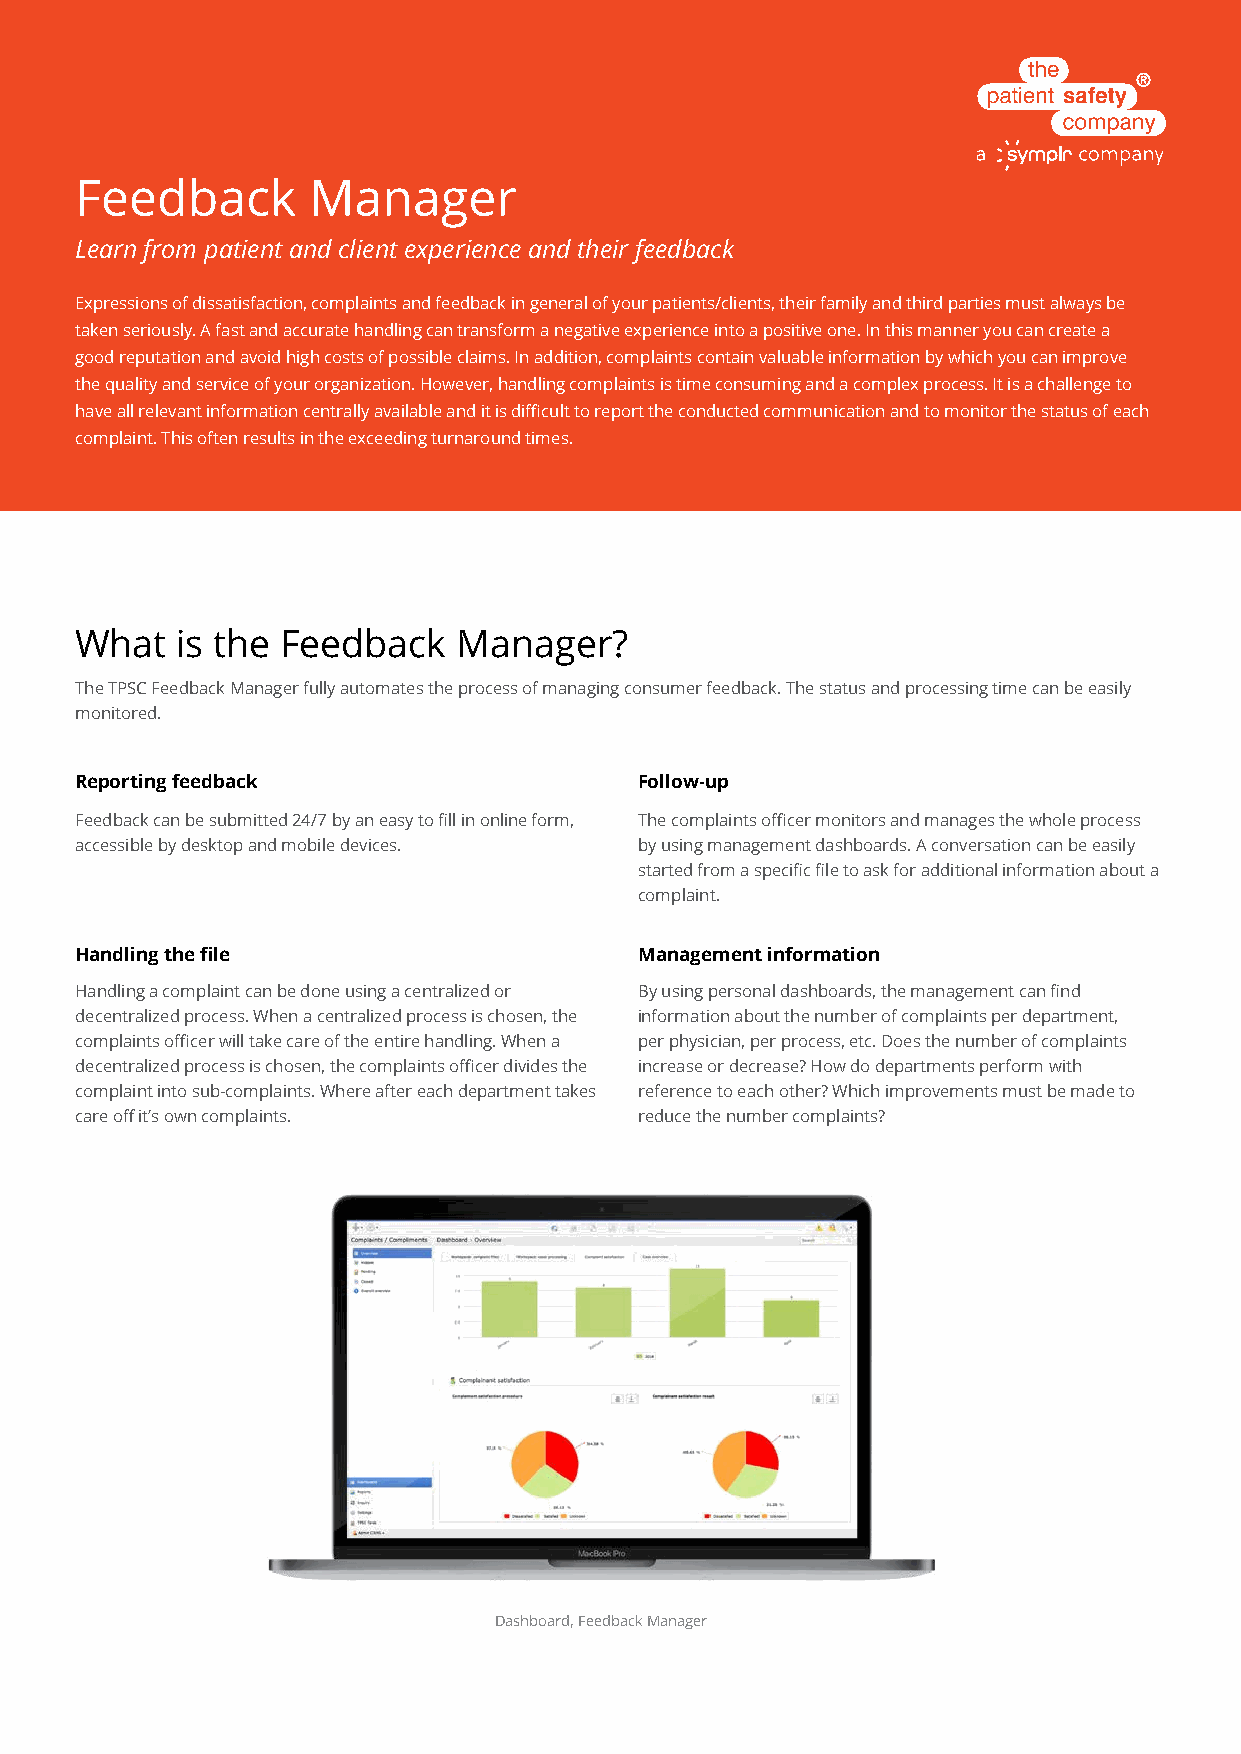
Feedback       Manager
 Learn from patient and client experience and their feedback
 Expressions of dissatisfaction, complaints and feedback in general of your patients/clients, their family and third parties must always be
 taken seriously. A fast and accurate handling can transform a negative experience into a positive one. In this manner you can create a
 good reputation and avoid high costs of possible claims. In addition, complaints contain valuable information by which you can improve
 the quality and service of your organization. However, handling complaints is time consuming and a complex process. It is a challenge to
 have all relevant information centrally available and it is difficult to report the conducted communication and to monitor the status of each
 complaint. This often results in the exceeding turnaround times.
 What   is the Feedback   Manager?
 The TPSC Feedback Manager fully automates the process of managing consumer feedback. The status and processing time can be easily
 monitored.
 Reporting feedback                   Follow-up
 Feedback can be submitted 24/7 by an easy to fill in online form, The complaints officer monitors and manages the whole process
 accessible by desktop and mobile devices. by using management dashboards. A conversation can be easily
 started from a specific file to ask for additional information about a
 complaint.
 Handling the file                    Management information
 Handling a complaint can be done using a centralized or By using personal dashboards, the management can find
 decentralized process. When a centralized process is chosen, the information about the number of complaints per department,
 complaints officer will take care of the entire handling. When a per physician, per process, etc. Does the number of complaints
 decentralized process is chosen, the complaints officer divides the increase or decrease? How do departments perform with
 complaint into sub-complaints. Where after each department takes reference to each other? Which improvements must be made to
 care off it’s own complaints.        reduce the number complaints?
 Dashboard, Feedback Manager